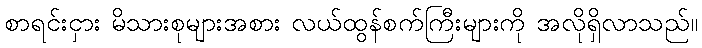
စာရင်းငှား မိသားစုများအစား လယ်ထွန်စက်ကြီးများကို အလိုရှိလာသည်။